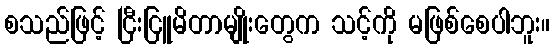
စသည်ဖြင့် ငြီးငြူမိတာမျိုးတွေက သင့်ကို မဖြစ်စေပါဘူး။